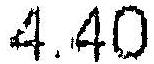
4.40